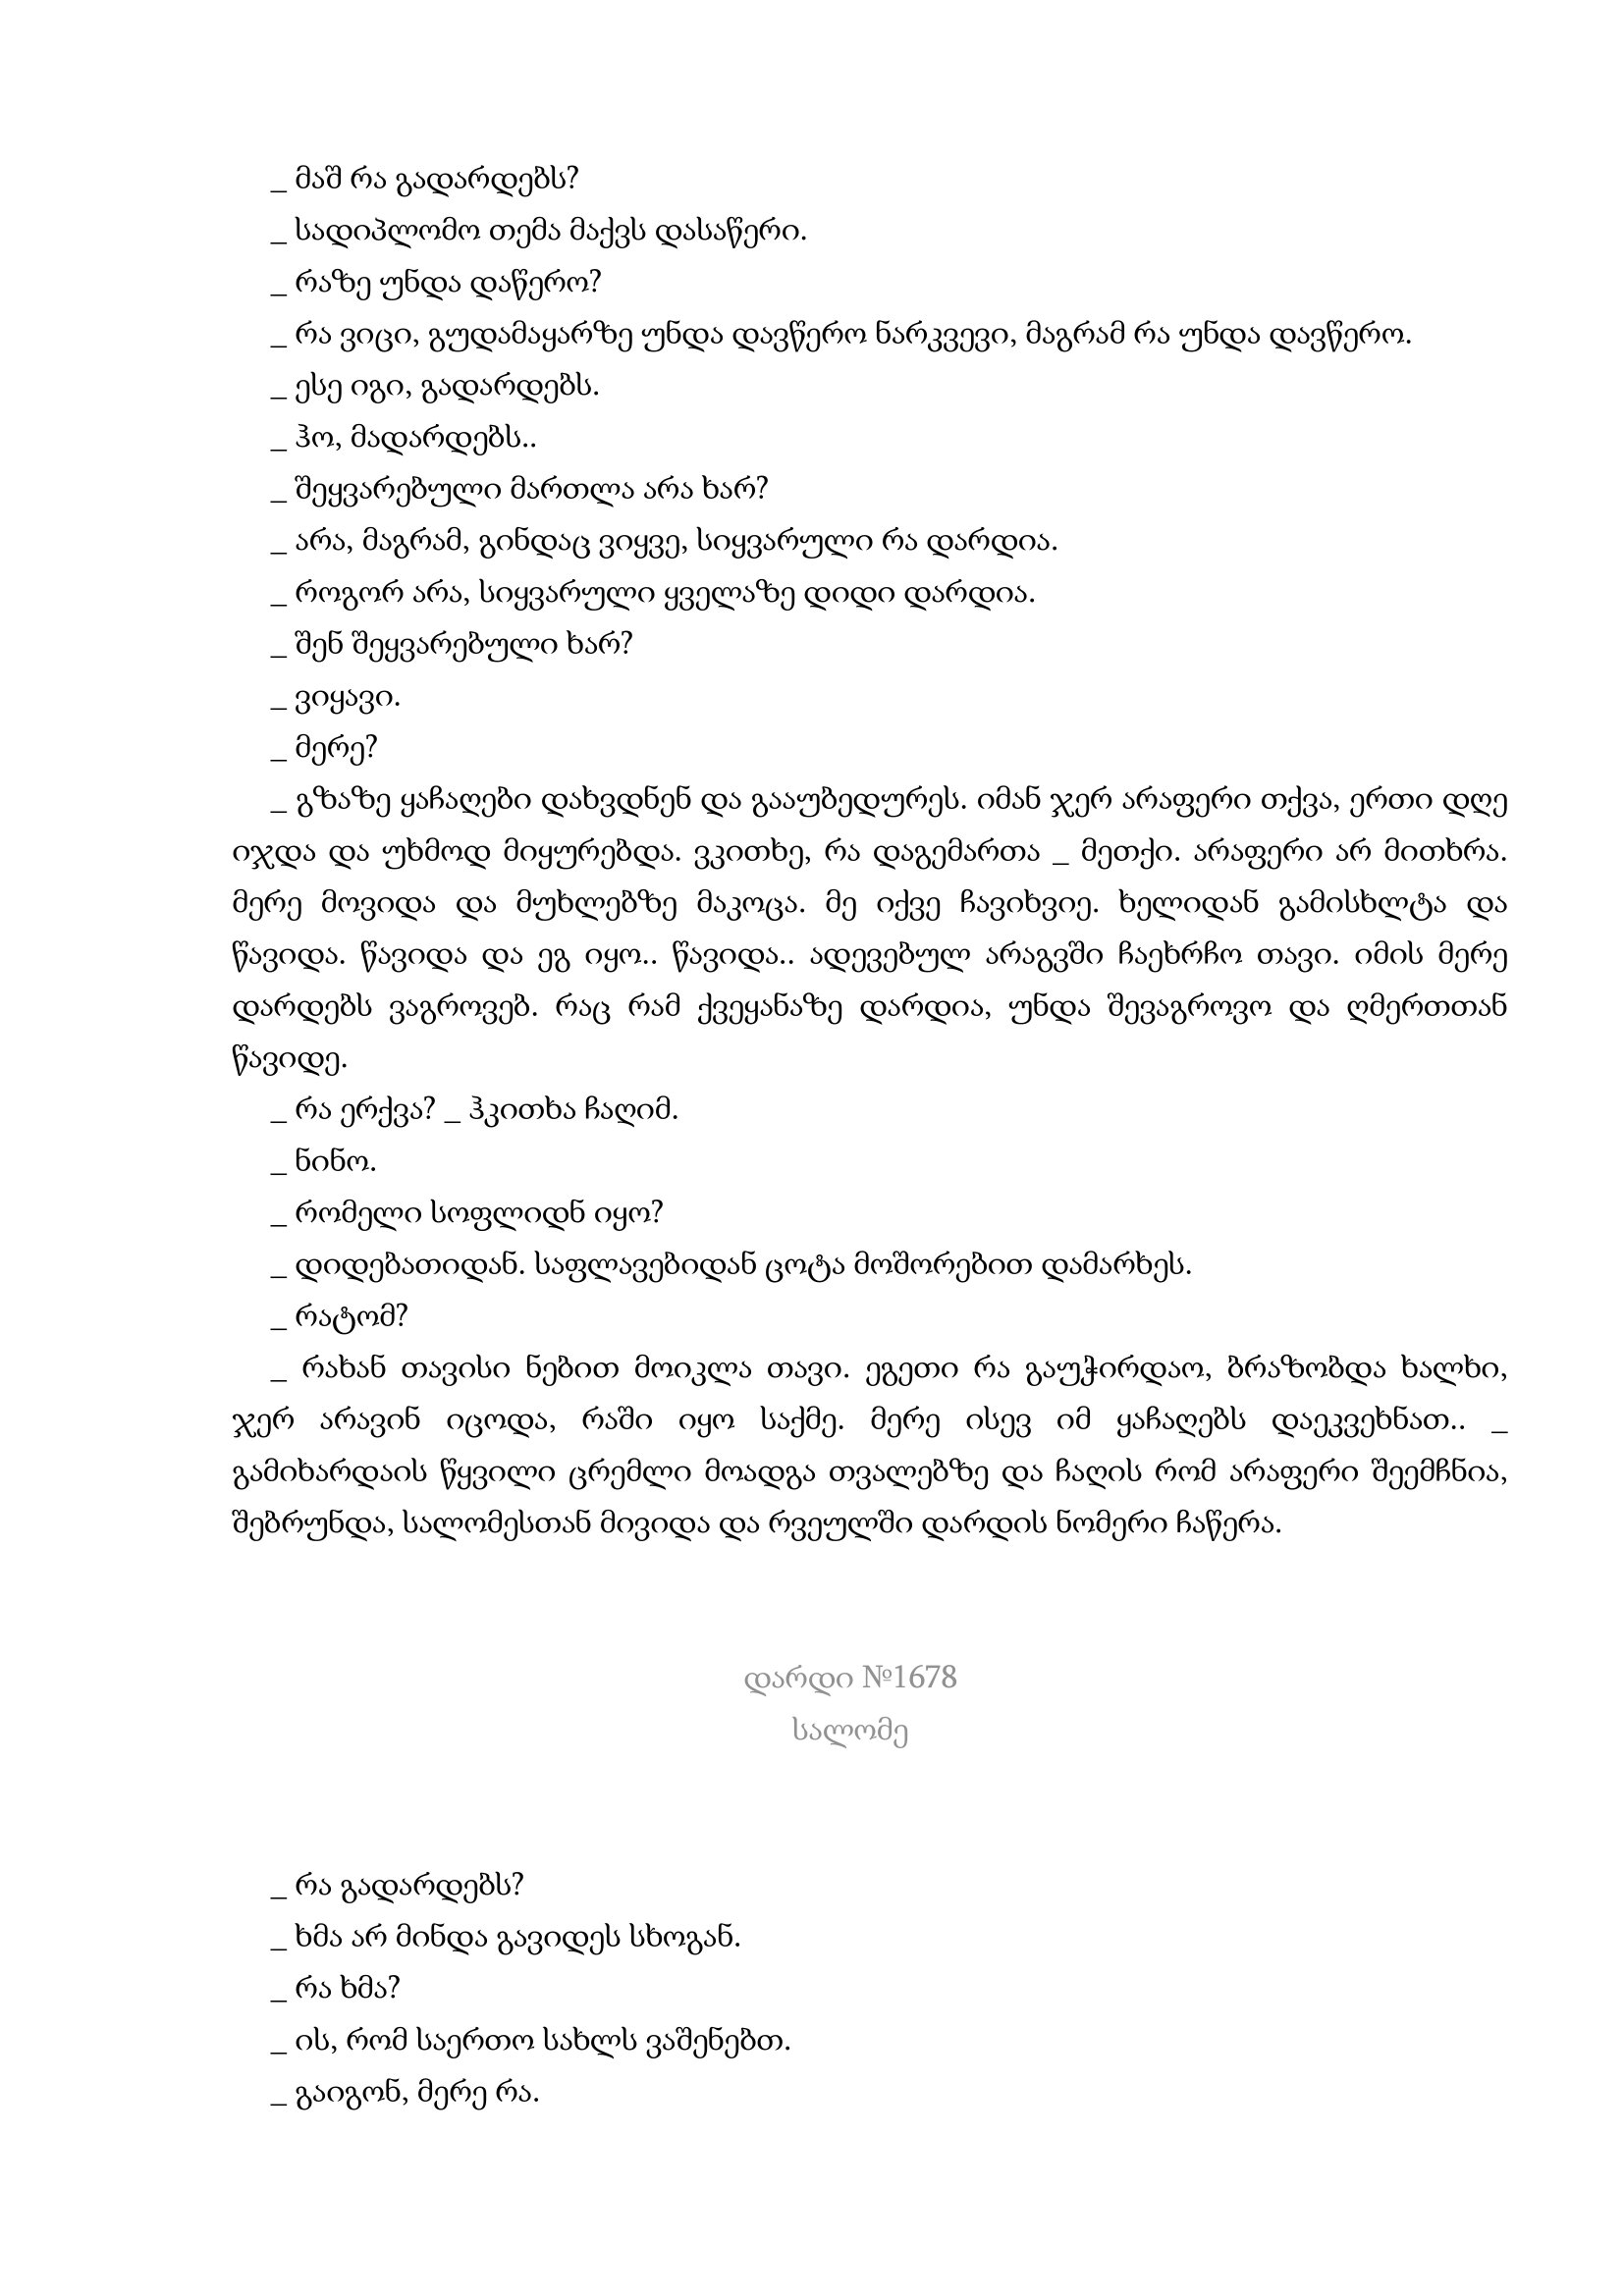
Language: gr